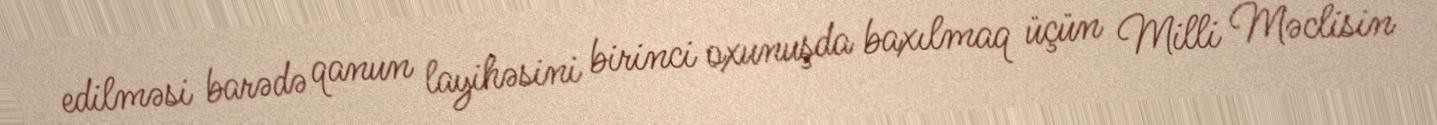
edilməsi barədə qanun layihəsini birinci oxunuşda baxılmaq üçün Milli Məclisin